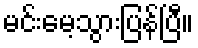
မင်းမေ့သွားပြန်ပြီ။